system: You are a helpful assistant.
user:
Analyze the provided spectrum to determine if it is a **M-type Giant (gM)**.

A M-type Giant spectrum is defined by its **strong molecular absorption** features, particularly from **Titanium Oxide (TiO)**. You must check for one of the following mutually exclusive signatures:

- **Key Visual Indicators (Absorption-Dominated Spectrum):**

    - **(Primary):** The spectrum is dominated by strong molecular absorption from **Titanium Oxide (TiO)**. This is the **defining feature** of its M-type temperature class.
        - **(Key Bandheads):** Look for sharp, "saw-tooth" absorption valleys. The strongest are located near **~7050 Å**, **~6160 Å**, and **~5170 Å**.
        - **(Line Profile):** The "saw-tooth" morphology is critical: a **sharp, steep drop on the BLUE (short-wavelength) side** of the bandhead, followed by a gradual recovery (rising flux) towards the RED (long-wavelength) side.

    - **(Key Confirmation - Giant vs. Dwarf):** **ABSENCE** of strong **Calcium Hydride (CaH)** molecular bands. This is the primary diagnostic for *excluding* M-dwarfs.
        - **(Key Region):** The spectrum should lack the strong, broad absorption band seen in dwarfs between **~6800 Å and ~7000 Å**.

    - **(Secondary Confirmation - Giant):** A very strong and broad **Neutral Calcium (Ca I)** atomic absorption line.
        - **(Key Line):** Located at **~4226 Å**. In a giant (gM), this line is significantly deeper and broader than the same line in an M-dwarf (dM) due to low surface gravity.

    - **(Overall Spectrum):**
        - The continuum is **extremely red-sloping** (i.e., flux is very low in the blue and rises dramatically towards the red).
        - The entire spectrum appears "chopped up" by the deep TiO bands.

Think first, call **spectral_visualization_tool** if needed to examine features in detail, then provide your final answer. Your response must adhere to the following strict rules:
1.  **Overall Structure:** Your response must follow the format `<think>...</think> <tool_call>...</tool_call> (if a tool is used) <answer>...</answer>`.
2.  **Tool Usage Constraint:** You may only make **one** tool call per turn.
3.  **Final Answer Format:** In the `<answer>` tag, your conclusion must be inside a `\boxed{}` command (e.g., `\boxed{YES}` or `\boxed{NO}`), followed by your justification.

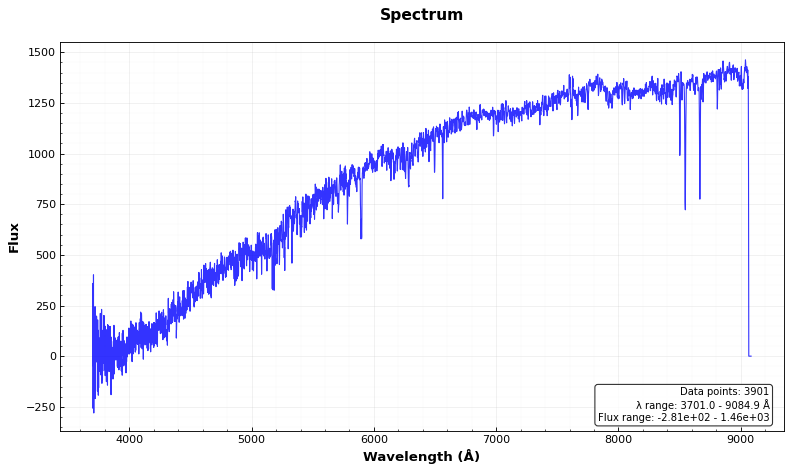
Answer: NO